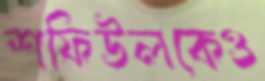
শফিউলকেও